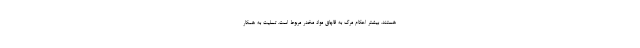
هستند. بیشتر احکام مرگ به قاچاق مواد مخدر مربوط است. تسلیت به همکار